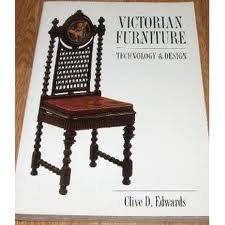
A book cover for Victorian Furniture: Technology and Design (Studies in Design and Material Culture); Clive D. Edeards; Crafts, Hobbies & Home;